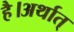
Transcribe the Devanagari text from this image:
है।अर्थात्